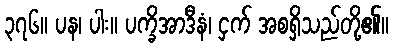
၃၇၆။ ပန၊ ပါး။ ပက္ခိအာဒီနံ၊ ငှက် အစရှိသည်တို့၏။